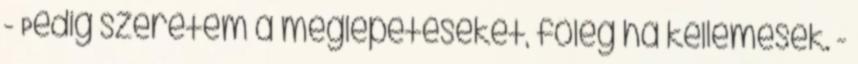
- Pedig szeretem a meglepetéseket, főleg ha kellemesek. -